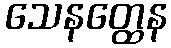
သေနတ္ထေန